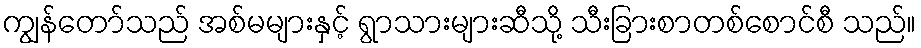
ကျွန်တော်သည် အစ်မများနှင့် ရွာသားများဆီသို့ သီးခြားစာတစ်စောင်စီ သည်။